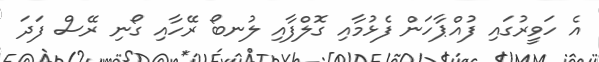
އެ ހަވީރުގައި ފުއްޕާހަން ފެޅުމާއި ގޮލްފާއި ލުނބޯ ރޭހާއި ގޯނި ރޭސް ފަދަ